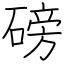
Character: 磅